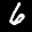
Label: 6